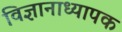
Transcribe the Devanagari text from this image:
विज्ञानाध्यापक